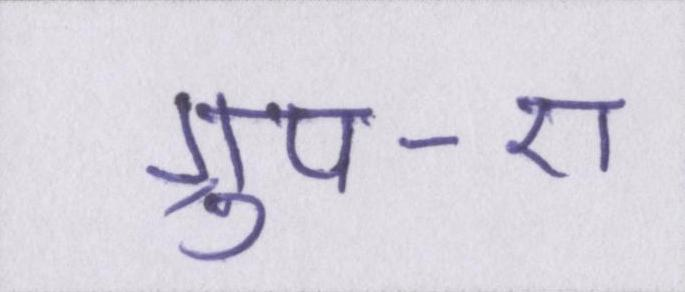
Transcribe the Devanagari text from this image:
ग्रुप-ए